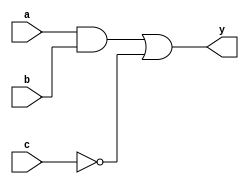
module simple_comb_logic (
    input wire a,      // Input signal a
    input wire b,      // Input signal b
    input wire c,      // Input signal c
    output wire y      // Output signal y
);

// Continuous assignment using the assign statement
// y is assigned the result of the combinational logic expression
assign y = (a & b) | (~c); // y is true if a AND b is true OR NOT c is true

endmodule